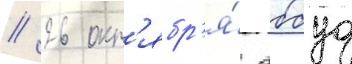
// 26 окт'ябр'я́ аббуд